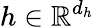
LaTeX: h\in\mathbb{R}^{d_{h}}